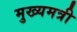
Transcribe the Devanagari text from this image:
मुख्यमत्री